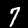
Digit: 7